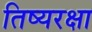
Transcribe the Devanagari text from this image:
तिष्यरक्षा